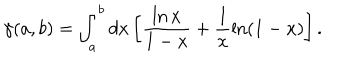
LaTeX: \gamma ( a , b ) = \int _ { a } ^ { b } d x \left[ \frac { \ln x } { 1 - x } + \frac { 1 } { x } \ln ( 1 - x ) \right] .